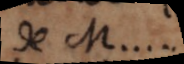
de M...